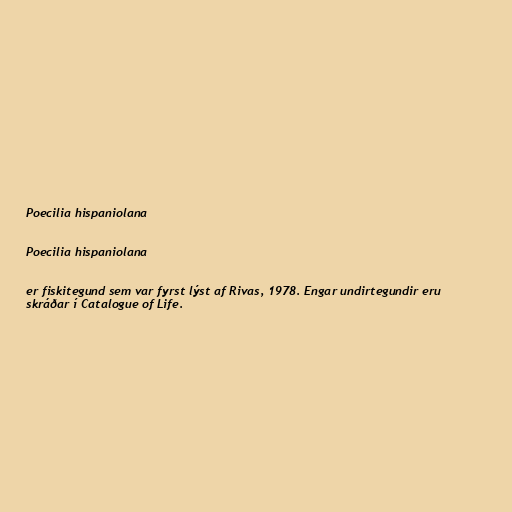
Poecilia hispaniolana

Poecilia hispaniolana

er fiskitegund sem var fyrst lýst af Rivas, 1978. Engar undirtegundir eru
skráðar í Catalogue of Life.